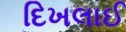
દિખલાઈ